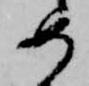
め